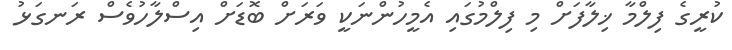
ކުރީގެ ފިލްމާ ޚިލާފަށް މި ފިލްމުގައި އެމީހުންނަކީ ވަރަށް ބޮޑަށް އިސްލާހުވެސް ރަނގަޅު